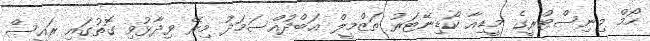
ހޯމް މިނިސްޓްރީގެ މީޑިއާ ކޯޑިނޭޓަރު ތަޒްމީލް އަބްދުއްސަމަދު މިރޭ ވިދާޅުވި ގޮތުގައި ރައީސް